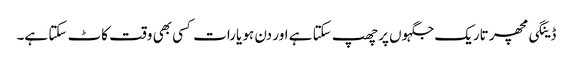
ڈینگی مچھر تاریک جگہوں پر چھپ سکتا ہے اور دن ہو یارات کسی بھی وقت کاٹ سکتا ہے۔